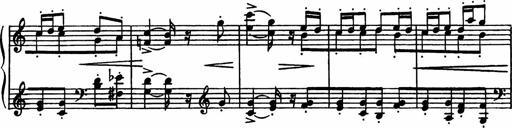
Title: Sonatilla
Composer: Mortimer Wilson
Key: C major